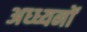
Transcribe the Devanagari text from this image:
अध्ध्यनों